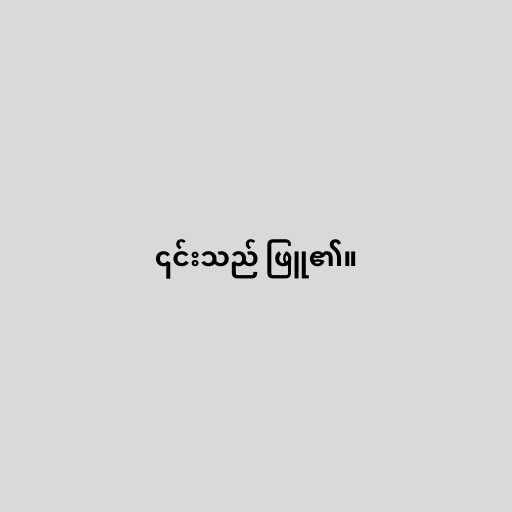
၎င်းသည် ဖြူ၏။